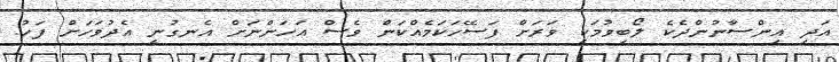
އަދި އިންސާނުންދެކެ ލޯބިވުމަކީ ވަރަށް ފަސޭހަކަމެއްކަން ވެސް އަހަންނަށް އެނގުނީ އެދުވަހަށް ފަހު.